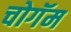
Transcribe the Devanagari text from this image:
चोगॅम